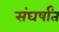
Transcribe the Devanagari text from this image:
संघर्षांत